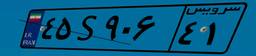
۴۵S۹۰۶۴۱